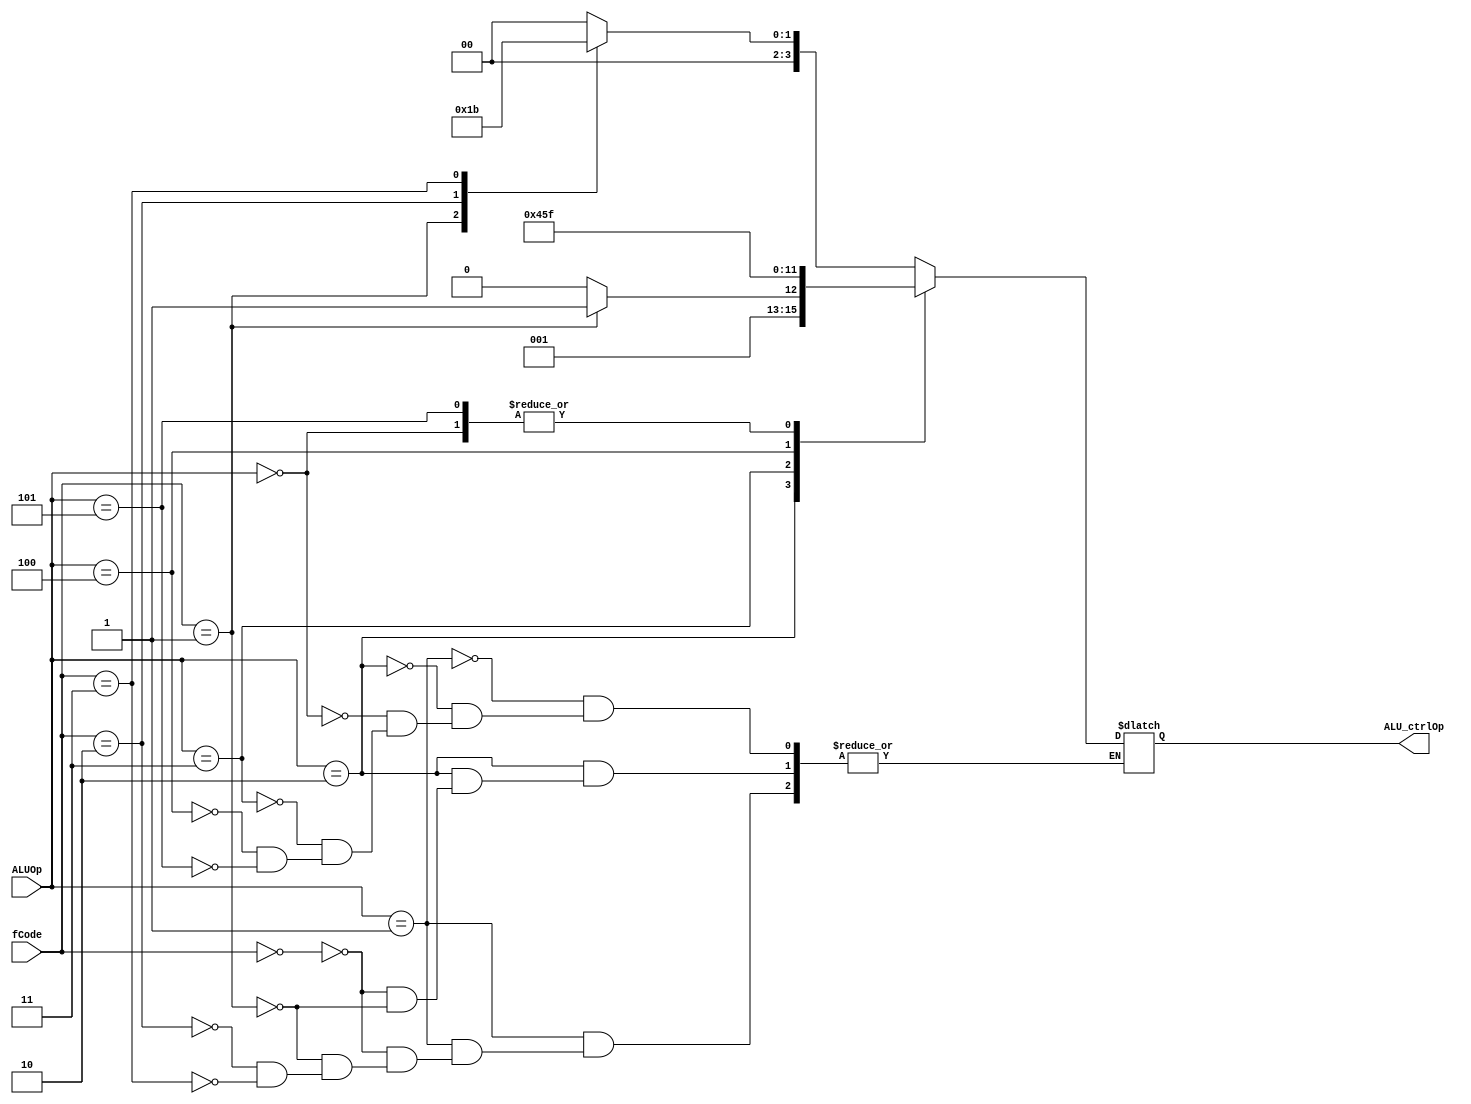
`timescale 1ns / 1ps
//////////////////////////////////////////////////////////////////////////////////
// Company: 
// Engineer: 
// 
// Design Name: 
// Module Name:    ALU_Controller 
// Project Name: 
// Target Devices: 
// Tool versions: 
// Description: 
//
// Dependencies: 
//
// Revision: 
// Revision 0.01 - File Created
// Additional Comments: 
//
//////////////////////////////////////////////////////////////////////////////////
module ALU_Controller(
	input [2:0] ALUOp, 
	input [3:0] fCode,
	output reg [3:0] ALU_ctrlOp
    );

	always @(*)
	begin
		case(ALUOp)
			3'b001: // xor , and , add , comp
			begin
				case(fCode)
						4'b0000: //xor 
							begin ALU_ctrlOp = 4'b0000; end 
						4'b0001:	//and
							begin ALU_ctrlOp = 4'b0001; end 
						4'b0010: //add
							begin ALU_ctrlOp = 4'b0010; end 
						4'b0011: //comp
							begin ALU_ctrlOp = 4'b0011; end 
				endcase
			end
			
			3'b010: // addi , compi
			begin
				case(fCode)
						4'b0000: // addi
							begin ALU_ctrlOp = 4'b0010; end 
						4'b0001: // compi
							begin ALU_ctrlOp = 4'b0011; end 
				endcase
			end
			
			3'b000:  // lw / sw
				begin ALU_ctrlOp = 4'b1111; end   // 1111 = skip 
				
			3'b011:  // shift
				begin ALU_ctrlOp = 4'b0100; end 
				
			3'b100: // branch with regsiter
				begin ALU_ctrlOp = 4'b0101; end 
				
			3'b101: // branch without register
				begin ALU_ctrlOp = 4'b1111; end   // 1111 =  skip
				
		endcase
	end

endmodule